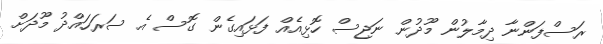
ރަސްފަންނާ ދިމާލުން މޫދުން ނަޖިސް ހޮޅިއެއް ފަޅައިގެން ގޮސް އެ ސަރަހައްދު މޫދަށް